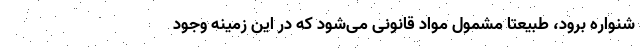
شنواره برود، طبیعتا مشمول مواد قانونی‌ می‌شود که در این زمینه وجود